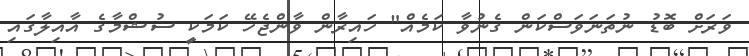
ވަރަށް ބޮޑު ނުތަނަވަސްކަން ގެނުވާ ކަމެއް" ހައިރާން ވާންޖެހޭ ކަމަކީ ސުޝްމާގެ އާއިލާގައި